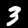
Label: 3